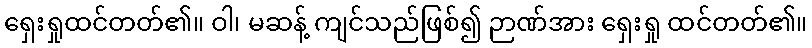
ရှေးရှုထင်တတ်၏။ ဝါ၊ မဆန့် ကျင်သည်ဖြစ်၍ ဉာဏ်အား ရှေးရှု ထင်တတ်၏။